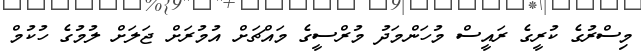
މިސްރުގެ ކުރީގެ ރައީސް މުހަންމަދު މުރްސީގެ މައްޗަށް އުމުރަށް ޖަލަށް ލުމުގެ ހުކުމް